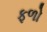
ફળો